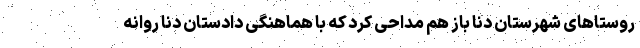
روستاهای شهرستان دنا باز هم مداحی کرد که با هماهنگی دادستان دنا روانه